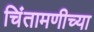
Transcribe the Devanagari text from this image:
चिंतामणीच्या